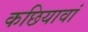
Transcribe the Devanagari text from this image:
कछियावां